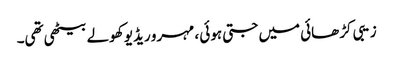
زیبی کڑھائی میں جتی ہوئی ، مہرو ریڈیو کھولے بیٹھی تھی۔